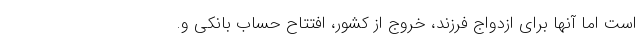
است اما آنها برای ازدواج فرزند، خروج از کشور، افتتاح حساب بانکی و.